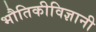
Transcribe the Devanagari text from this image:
भौतिकीविज्ञानी